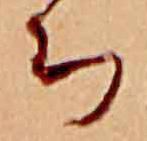
ち